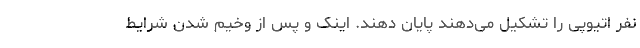
نفر اتیوپی را تشکیل می‌دهند پایان دهند. اینک و پس از وخیم شدن شرایط